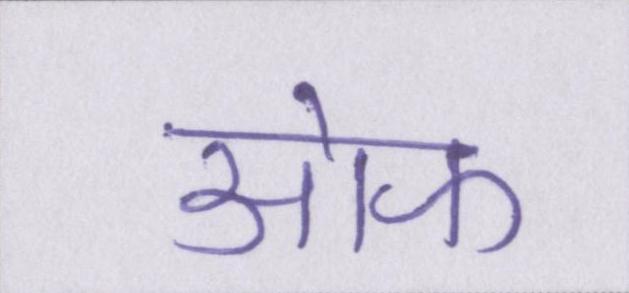
आ॓फ